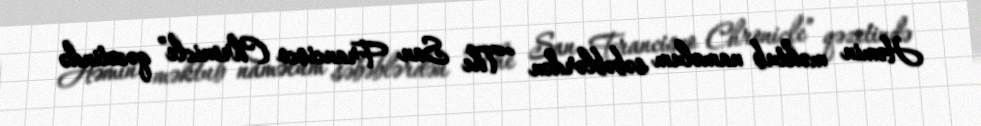
Həmin məktub naməlum səbəblərdən “The San Francisco Chronicle” qəzetində